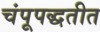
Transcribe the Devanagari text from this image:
चंपूपद्धतीत